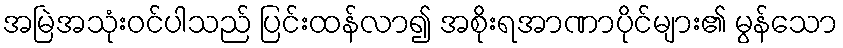
အမြဲအသုံးဝင်ပါသည် ပြင်းထန်လာ၍ အစိုးရအာဏာပိုင်များ၏ မွန်သော